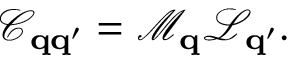
\mathcal { C } _ { \bf q q ^ { \prime } } = \mathcal { M } _ { \bf q } \mathcal { L } _ { \bf q ^ { \prime } } .